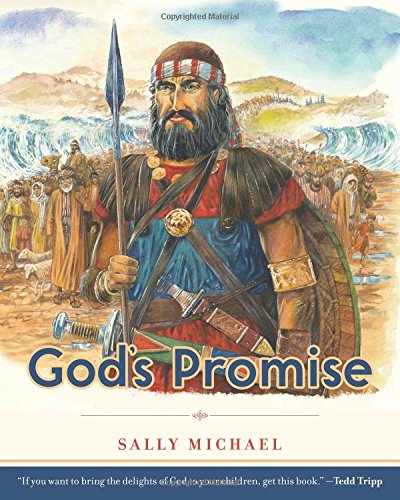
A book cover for God's Promise (Making Him Known); Sally Michael; Children's Books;